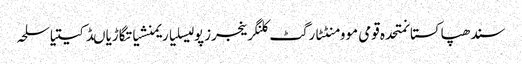
سندھپاکستانمتحدہ قومی موومنٹٹارگٹ کلنگرینجرزپولیسلیاریمنشیاتگاڑیاںڈکیتیاسلحہ